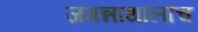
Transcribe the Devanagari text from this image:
जगन्नाथालाच